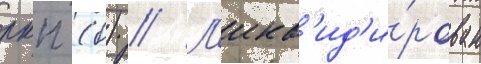
ркп (б) // Л'икв'ид'и́рован